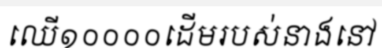
ឈើ១០០០០ដើមរបស់នាងនៅ